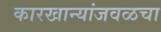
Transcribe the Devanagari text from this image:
कारखान्यांजवळचा